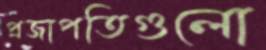
প্রজাপতিগুলো